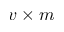
v \times m